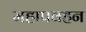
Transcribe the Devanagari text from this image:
महापवहन